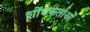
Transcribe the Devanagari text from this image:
शोंधकर्ताओं